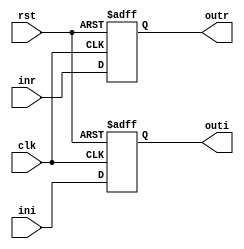
module Register #(parameter size=8)(inr,ini,outr,outi,clk,rst);
input wire clk,rst;
input wire [size-1:0] inr,ini;
output reg [size-1:0] outr,outi;


always @ (posedge clk or negedge rst)
	begin
		if(!rst)
			begin outr<=0; outi<=0; end
		else
			begin
				outr<=inr;
				outi<=ini;
			end
	end
endmodule